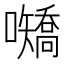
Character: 𪢤